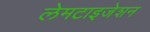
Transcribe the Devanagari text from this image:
लेमटाइजेशन